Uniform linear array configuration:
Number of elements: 4
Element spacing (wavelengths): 1
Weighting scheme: cosine
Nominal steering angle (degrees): -15
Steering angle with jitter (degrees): -15.927
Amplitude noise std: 0.05
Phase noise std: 0.05

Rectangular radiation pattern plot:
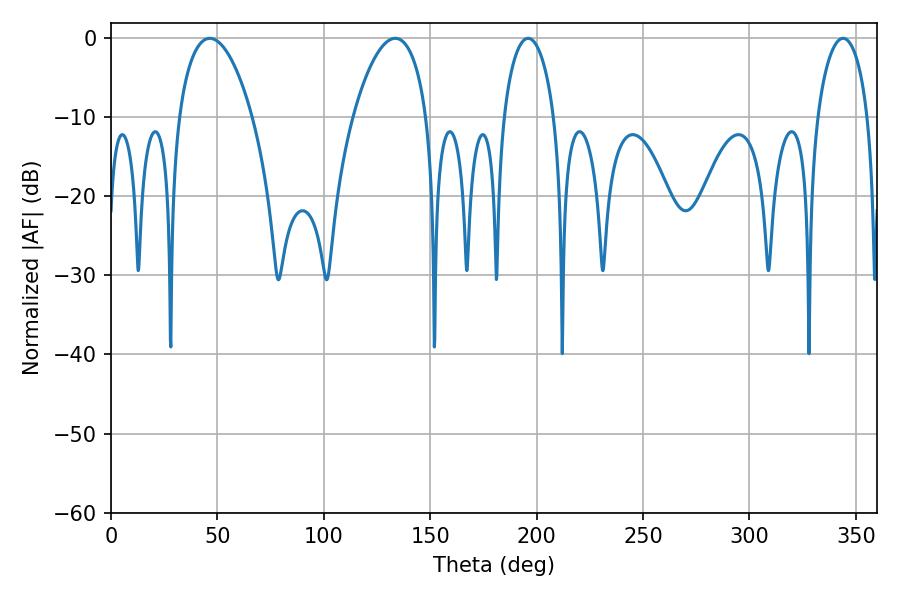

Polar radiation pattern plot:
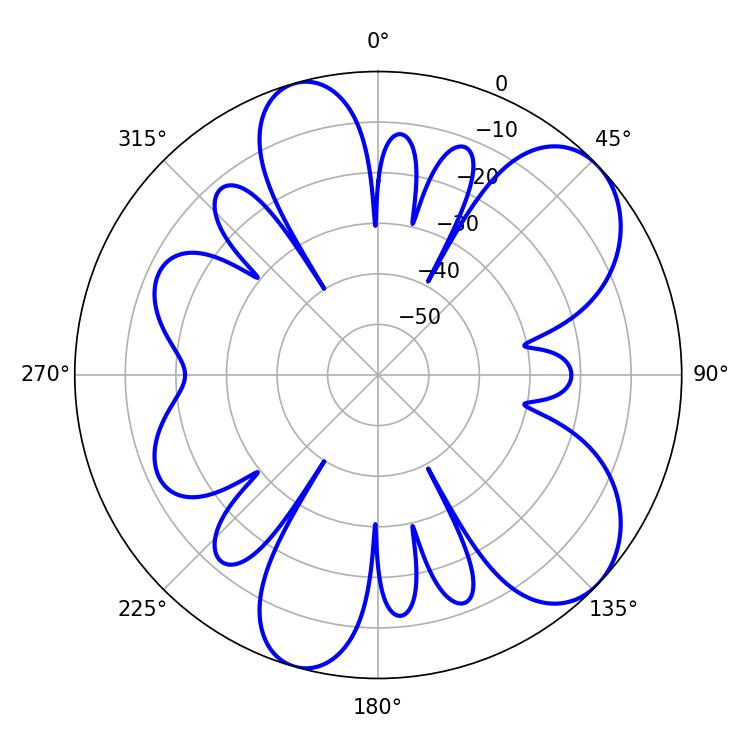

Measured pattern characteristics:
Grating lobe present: TRUE
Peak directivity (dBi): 7.613
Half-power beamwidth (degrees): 19.44
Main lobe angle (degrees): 46.44